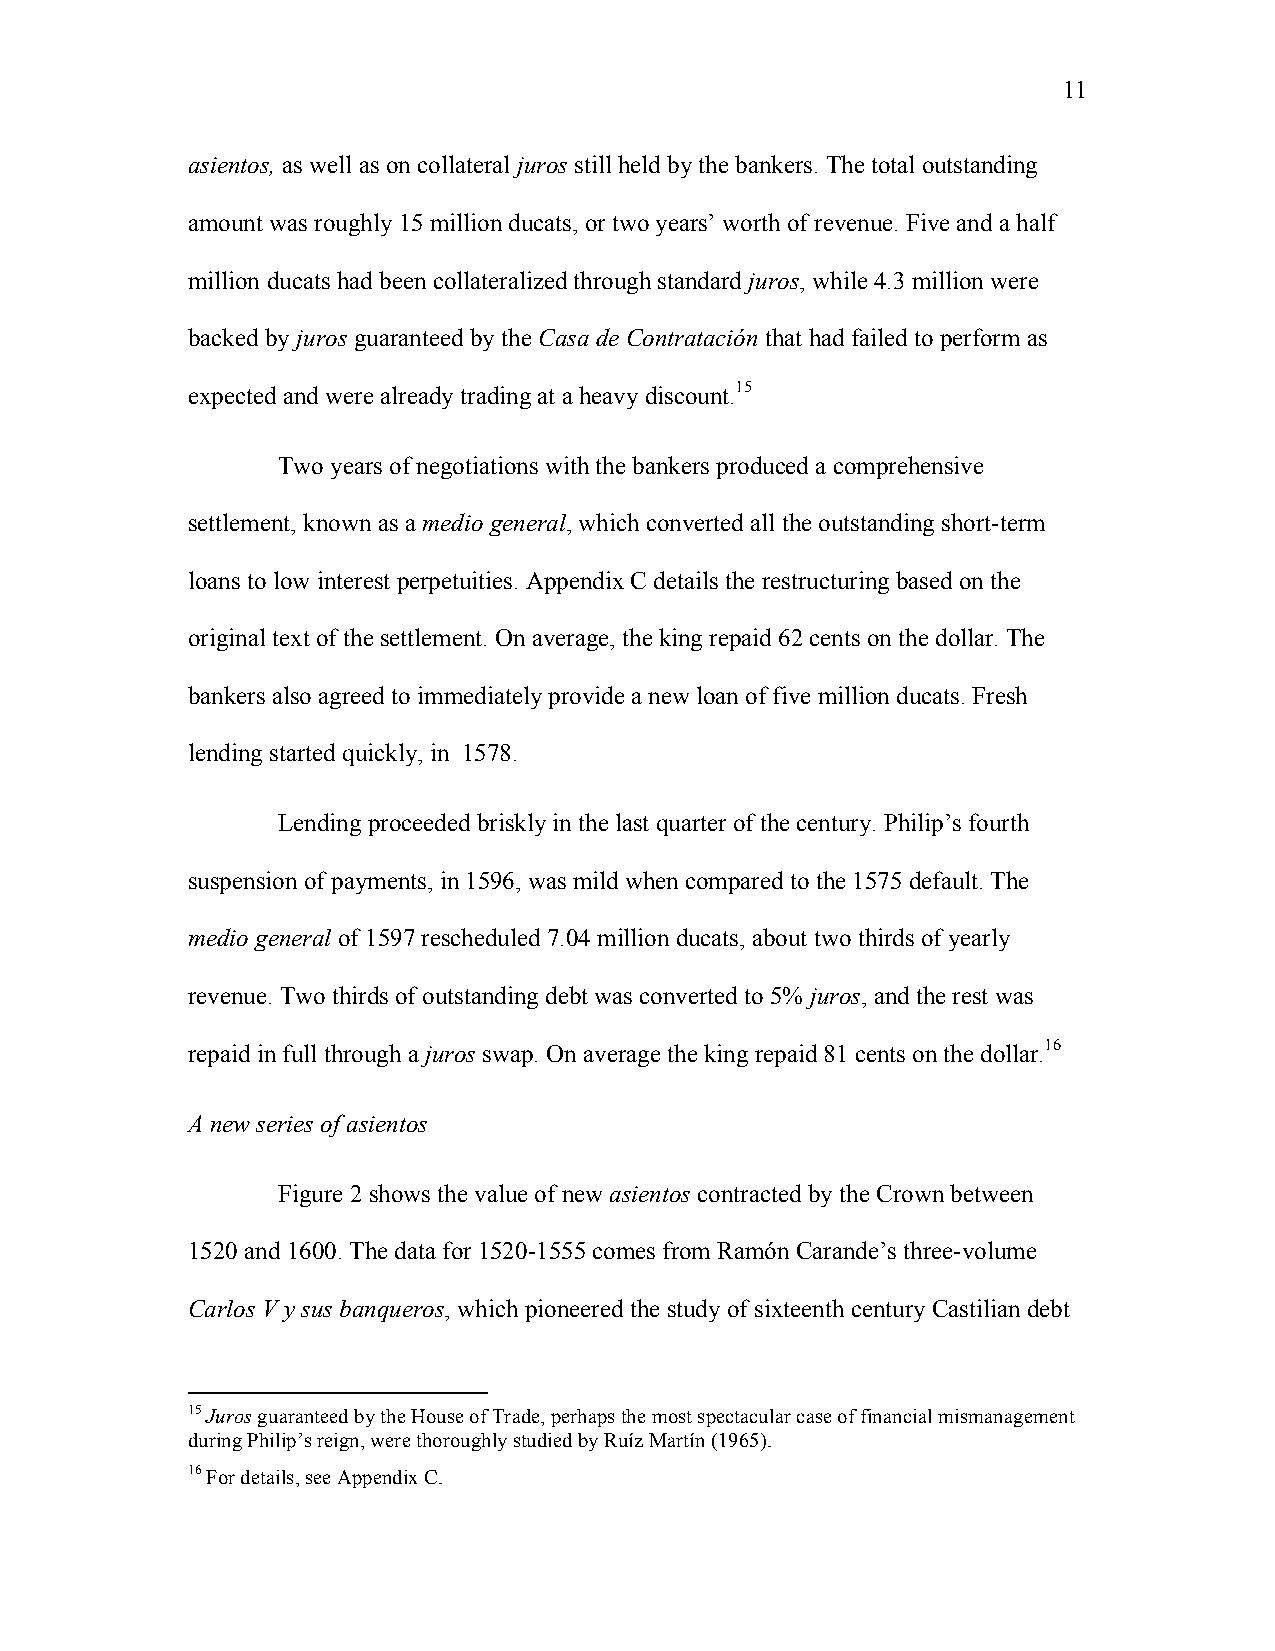
11
 asientos, as well as on collateral juros still held by the bankers. The total outstanding
 amount was roughly 15 million ducats, or two years’ worth of revenue. Five and a half
 million ducats had been collateralized through standard juros, while 4.3 million were
 backed by juros guaranteed by the Casa de Contratación that had failed to perform as
 expected and were already trading at a heavy discount.15
 Two years of negotiations with the bankers produced a comprehensive
 settlement, known as a medio general, which converted all the outstanding short-term
 loans to low interest perpetuities. Appendix C details the restructuring based on the
 original text of the settlement. On average, the king repaid 62 cents on the dollar. The
 bankers also agreed to immediately provide a new loan of five million ducats. Fresh
 lending started quickly, in 1578.
 Lending proceeded briskly in the last quarter of the century. Philip’s fourth
 suspension of payments, in 1596, was mild when compared to the 1575 default. The
 medio general of 1597 rescheduled 7.04 million ducats, about two thirds of yearly
 revenue. Two thirds of outstanding debt was converted to 5% juros, and the rest was
 repaid in full through a juros swap. On average the king repaid 81 cents on the dollar.16
 A new series of asientos
 Figure 2 shows the value of new asientos contracted by the Crown between
 1520 and 1600. The data for 1520-1555 comes from Ramón Carande’s three-volume
 Carlos V y sus banqueros, which pioneered the study of sixteenth century Castilian debt
 15 Juros guaranteed by the House of Trade, perhaps the most spectacular case of financial mismanagement
 during Philip’s reign, were thoroughly studied by Ruíz Martín (1965).
 16 For details, see Appendix C.